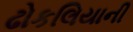
ઢોકલિયાની